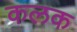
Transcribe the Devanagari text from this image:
कलक